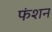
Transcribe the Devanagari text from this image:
फंशन